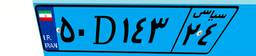
۶۳D۵۵۵۱۸